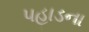
પહાડના